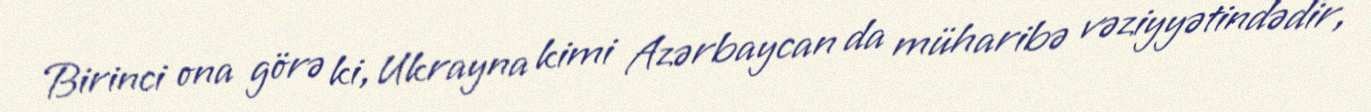
Birinci ona görə ki, Ukrayna kimi Azərbaycan da müharibə vəziyyətindədir,